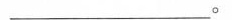
___。